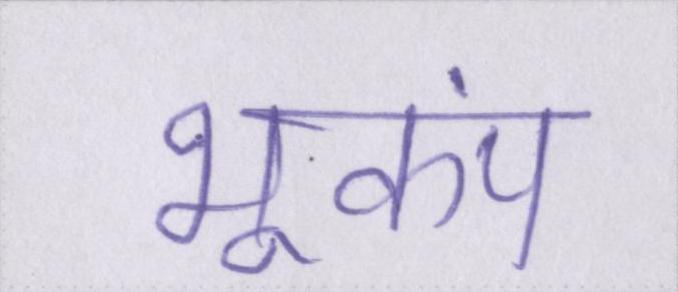
भूकंप